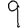
Digit: 9